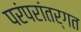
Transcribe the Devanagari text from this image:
परंपरांतर्गत